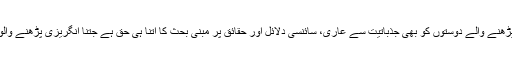
اردو پڑھنے والے دوستوں کو بھی جذباتیت سے عاری، سائنسی دلائل اور حقائق پر مبنی بحث کا اتنا ہی حق ہے جتنا انگریزی پڑھنے والوں کو۔